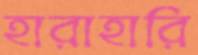
হারাহারি